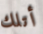
أتلك